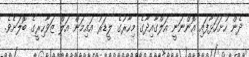
ދެން ހުށަހަޅާފައި އޮންނަނީ އަލްގާއިދާގެ މިހާރުގެ ލީޑަރު އައިމަން އަލް ޒަވާހިރީގެ ބޮލަށެވެ.